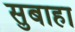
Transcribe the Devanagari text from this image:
सुबाहा